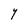
Character: Y